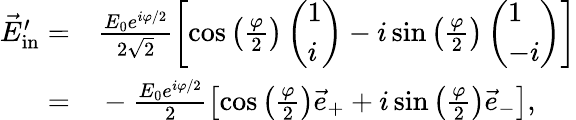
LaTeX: \begin{array}{rl}{\vec{E}_{\mathrm{in}}^{\prime}=}&{{}\frac{E_{0}e^{i\varphi/2}}{2\sqrt 2}\left[\cos\left(\frac{\varphi}{2}\right)\left(\begin{array}{l}{1}\\ {i}\end{array}\right)-i\sin\left(\frac{\varphi}{2}\right)\left(\begin{array}{l}{1}\\ {-i}\end{array}\right)\right]}\\ {=}&{{}-\frac{E_{0}e^{i\varphi/2}}{2}\left[\cos\left(\frac{\varphi}{2}\right)\vec{e}_{+}+i\sin\left(\frac{\varphi}{2}\right)\vec{e}_{-}\right],}\end{array}